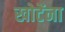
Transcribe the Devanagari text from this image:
खोटेंना